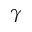
\gamma